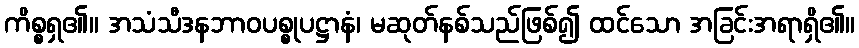
ကိစ္စရှ၏။ အသံသီဒနဘာဝပစ္စုပဋ္ဌာနံ၊ မဆုတ်နစ်သည်ဖြစ်၍ ထင်သော အခြင်းအရာရှိ၏။